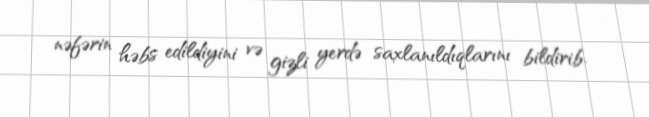
nəfərin həbs edildiyini və gizli yerdə saxlanıldıqlarını bildirib.